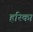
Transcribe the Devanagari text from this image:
हरिका